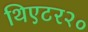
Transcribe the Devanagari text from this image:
थिएटर२०